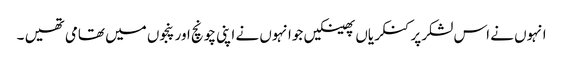
انہوں نے اس لشکرپر کنکریاں پھینکیں جوانہوں نے اپنی چونچ اور پنجوں میں تھامی تھیں ۔